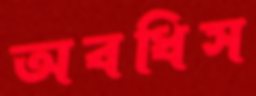
অবধিস